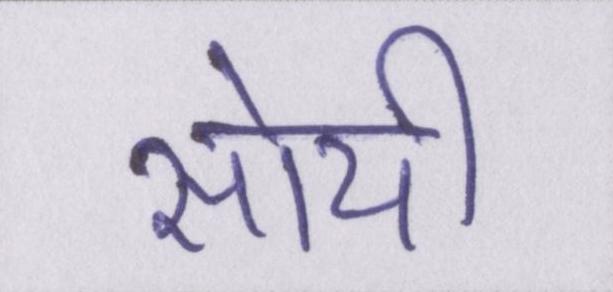
सोयी